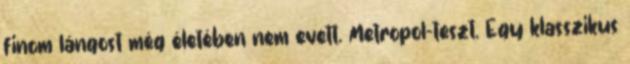
finom lángost még életében nem evett. Metropol-teszt. Egy klasszikus